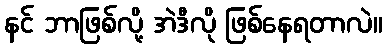
နင် ဘာဖြစ်လို့ အဲဒီလို ဖြစ်နေရတာလဲ။